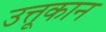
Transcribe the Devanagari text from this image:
उत्तूकान